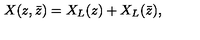
X ( z , \bar { z } ) = X _ { L } ( z ) + X _ { L } ( \bar { z } ) ,